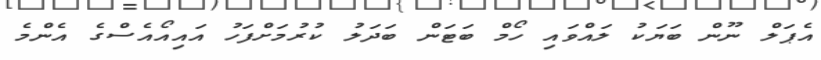
އެޕަލް ނޫން ބަޔަކު ލައްވައި ހޯމް ބަޓަން ބަދަލު ކުރުމަށްފަހު އައިއޯއެސްގެ އެންމެ